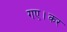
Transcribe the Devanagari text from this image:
गए।कर